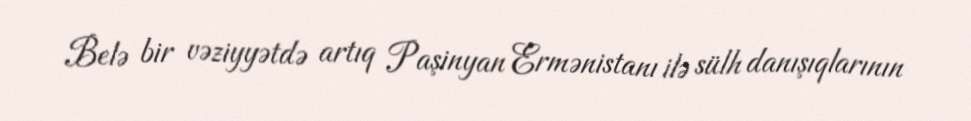
Belə bir vəziyyətdə artıq Paşinyan Ermənistanı ilə sülh danışıqlarının